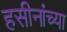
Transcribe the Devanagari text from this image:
हसीनांच्या